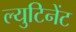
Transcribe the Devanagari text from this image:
ल्युटिनेंट